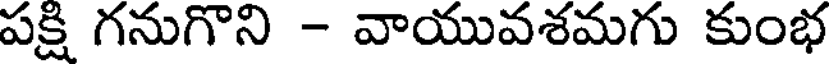
పక్షి గనుగొని - వాయువశమగు కుంభ